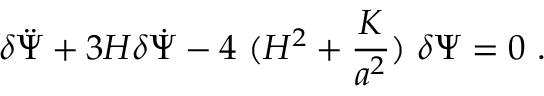
\delta \ddot { \Psi } + 3 H \delta \dot { \Psi } - 4 ~ ( H ^ { 2 } + \frac { K } { a ^ { 2 } } ) ~ \delta \Psi = 0 \ .